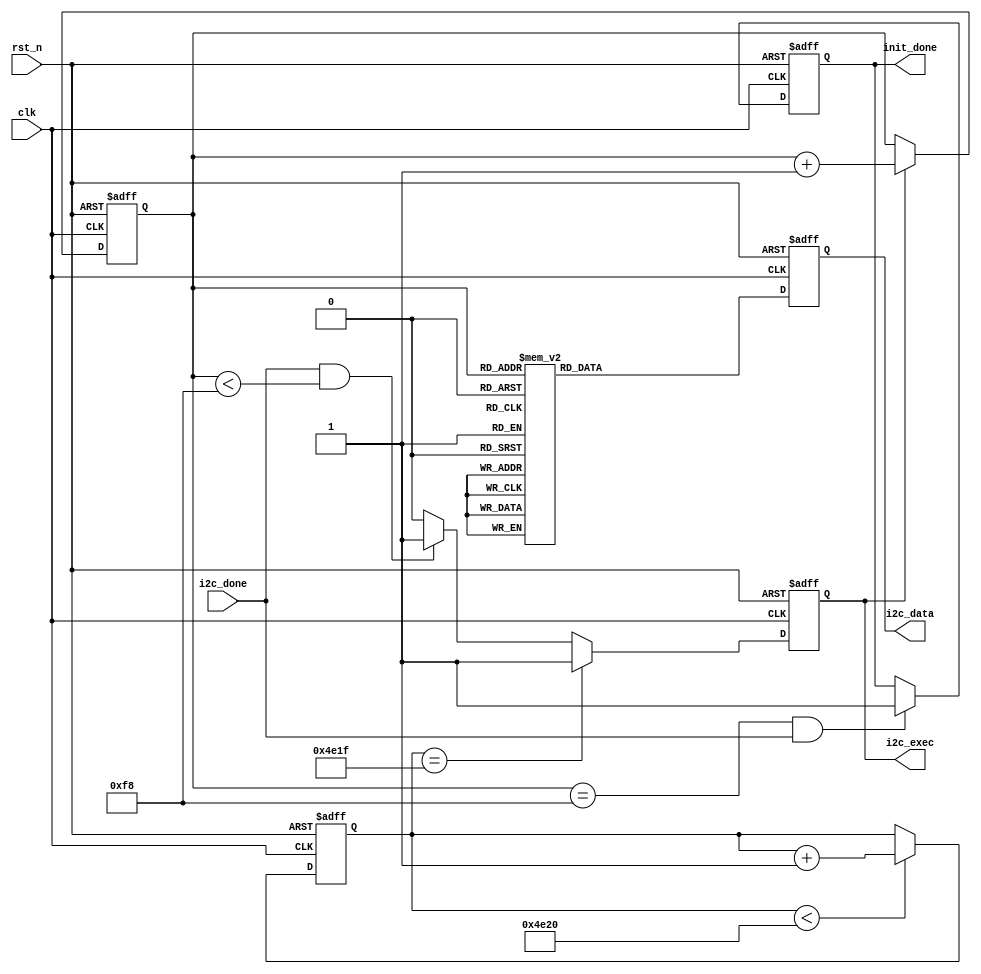
module IIC_OV5640_RGB565_Config
  #(
    parameter CMOS_H_PIXEL = 24'd1024,//CMOS
    parameter CMOS_V_PIXEL = 24'd768  //CMOS
    )
   (  
    input                clk      ,   //
    input                rst_n    ,   //
    
    input                i2c_done ,   //I2C
    output  reg          i2c_exec ,   //I2C   
    output  reg  [23:0]  i2c_data ,   //I2C(16,8)
    output  reg          init_done    //
    );

//parameter define
localparam  REG_NUM = 8'd248  ;       //
localparam  TOTAL_H_PIXEL = CMOS_H_PIXEL + 13'd1216;  //
localparam  TOTAL_V_PIXEL = CMOS_V_PIXEL + 13'd504;   //

//reg define
reg   [14:0]   start_init_cnt;        //
reg    [7:0]   init_reg_cnt  ;        //

//*****************************************************
//**                    main code
//*****************************************************

//cam_scl250khz,clk1Mhz,1us,20000*1us = 20ms
//OV5640IIC20ms
always @(posedge clk or negedge rst_n) begin
    if(!rst_n)
        start_init_cnt <= 15'd0;
    else if(start_init_cnt < 15'd20000)
        start_init_cnt <= start_init_cnt + 1'b1;                    
end

//    
always @(posedge clk or negedge rst_n) begin
    if(!rst_n)
        init_reg_cnt <= 8'd0;
    else if(i2c_exec)   
        init_reg_cnt <= init_reg_cnt + 8'b1;
end

//i2c   
always @(posedge clk or negedge rst_n) begin
    if(!rst_n)
        i2c_exec <= 1'b0;
    else if(start_init_cnt == 15'd19999)
        i2c_exec <= 1'b1;
    else if(i2c_done && (init_reg_cnt < REG_NUM))
        i2c_exec <= 1'b1;
    else
        i2c_exec <= 1'b0;
end 

//
always @(posedge clk or negedge rst_n) begin
    if(!rst_n)
        init_done <= 1'b0;
    else if((init_reg_cnt == REG_NUM) && i2c_done)  
        init_done <= 1'b1;  
end

//
always @(posedge clk or negedge rst_n) begin
    if(!rst_n)
        i2c_data <= 24'd0;
    else begin
        case(init_reg_cnt)
            //
            8'd0  : i2c_data <= {16'h3008,8'h82}; //Bit[7]: Bit[6]:
            8'd1  : i2c_data <= {16'h3008,8'h02}; //
            8'd2  : i2c_data <= {16'h3103,8'h02}; //Bit[1]:1 PLL Clock
            /// FREX/VSYNC/HREF/PCLK/D[9:6]
            8'd3  : i2c_data <= {8'h30,8'h17,8'hff};
            /// D[5:0]/GPIO1/GPIO0 
            8'd4  : i2c_data <= {16'h3018,8'hff};
            8'd5  : i2c_data <= {16'h3037,8'h13}; //PLL
            8'd6  : i2c_data <= {16'h3108,8'h01}; //
            8'd7  : i2c_data <= {16'h3630,8'h36};
            8'd8  : i2c_data <= {16'h3631,8'h0e};
            8'd9  : i2c_data <= {16'h3632,8'he2};
            8'd10 : i2c_data <= {16'h3633,8'h12};
            8'd11 : i2c_data <= {16'h3621,8'he0};
            8'd12 : i2c_data <= {16'h3704,8'ha0};
            8'd13 : i2c_data <= {16'h3703,8'h5a};
            8'd14 : i2c_data <= {16'h3715,8'h78};
            8'd15 : i2c_data <= {16'h3717,8'h01};
            8'd16 : i2c_data <= {16'h370b,8'h60};
            8'd17 : i2c_data <= {16'h3705,8'h1a};
            8'd18 : i2c_data <= {16'h3905,8'h02};
            8'd19 : i2c_data <= {16'h3906,8'h10};
            8'd20 : i2c_data <= {16'h3901,8'h0a};
            8'd21 : i2c_data <= {16'h3731,8'h12};
            8'd22 : i2c_data <= {16'h3600,8'h08}; //VCM,
            8'd23 : i2c_data <= {16'h3601,8'h33}; //VCM,
            8'd24 : i2c_data <= {16'h302d,8'h60}; //
            8'd25 : i2c_data <= {16'h3620,8'h52};
            8'd26 : i2c_data <= {16'h371b,8'h20};
            8'd27 : i2c_data <= {16'h471c,8'h50};
            8'd28 : i2c_data <= {16'h3a13,8'h43}; //AEC()
            8'd29 : i2c_data <= {16'h3a18,8'h00}; //AEC 
            8'd30 : i2c_data <= {16'h3a19,8'hf8}; //AEC 
            8'd31 : i2c_data <= {16'h3635,8'h13};
            8'd32 : i2c_data <= {16'h3636,8'h03};
            8'd33 : i2c_data <= {16'h3634,8'h40};
            8'd34 : i2c_data <= {16'h3622,8'h01};
            8'd35 : i2c_data <= {16'h3c01,8'h34};
            8'd36 : i2c_data <= {16'h3c04,8'h28};
            8'd37 : i2c_data <= {16'h3c05,8'h98};
            8'd38 : i2c_data <= {16'h3c06,8'h00}; //light meter 1 [15:8]
            8'd39 : i2c_data <= {16'h3c07,8'h08}; //light meter 1 [7:0]
            8'd40 : i2c_data <= {16'h3c08,8'h00}; //light meter 2 [15:8]
            8'd41 : i2c_data <= {16'h3c09,8'h1c}; //light meter 2 [7:0]
            8'd42 : i2c_data <= {16'h3c0a,8'h9c}; //sample number[15:8]
            8'd43 : i2c_data <= {16'h3c0b,8'h40}; //sample number[7:0]
            8'd44 : i2c_data <= {16'h3810,8'h00}; //Timing Hoffset[11:8]
            8'd45 : i2c_data <= {16'h3811,8'h10}; //Timing Hoffset[7:0]
            8'd46 : i2c_data <= {16'h3812,8'h00}; //Timing Voffset[10:8]
            8'd47 : i2c_data <= {16'h3708,8'h64};
            8'd48 : i2c_data <= {16'h4001,8'h02}; //BLC()
            8'd49 : i2c_data <= {16'h4005,8'h1a}; //BLC()
            8'd50 : i2c_data <= {16'h3000,8'h00}; //
            8'd51 : i2c_data <= {16'h3004,8'hff}; //
            8'd52 : i2c_data <= {16'h4300,8'h61}; // RGB565
            8'd53 : i2c_data <= {16'h501f,8'h01}; //ISP RGB
            8'd54 : i2c_data <= {16'h440e,8'h00};
            8'd55 : i2c_data <= {16'h5000,8'ha7}; //ISP
            8'd56 : i2c_data <= {16'h3a0f,8'h30}; //AEC;stable range in high
            8'd57 : i2c_data <= {16'h3a10,8'h28}; //AEC;stable range in low
            8'd58 : i2c_data <= {16'h3a1b,8'h30}; //AEC;stable range out high
            8'd59 : i2c_data <= {16'h3a1e,8'h26}; //AEC;stable range out low
            8'd60 : i2c_data <= {16'h3a11,8'h60}; //AEC; fast zone high
            8'd61 : i2c_data <= {16'h3a1f,8'h14}; //AEC; fast zone low
            //LENC() 16'h5800~16'h583d
            8'd62 : i2c_data <= {16'h5800,8'h23}; 
            8'd63 : i2c_data <= {16'h5801,8'h14};
            8'd64 : i2c_data <= {16'h5802,8'h0f};
            8'd65 : i2c_data <= {16'h5803,8'h0f};
            8'd66 : i2c_data <= {16'h5804,8'h12};
            8'd67 : i2c_data <= {16'h5805,8'h26};
            8'd68 : i2c_data <= {16'h5806,8'h0c};
            8'd69 : i2c_data <= {16'h5807,8'h08};
            8'd70 : i2c_data <= {16'h5808,8'h05};
            8'd71 : i2c_data <= {16'h5809,8'h05};
            8'd72 : i2c_data <= {16'h580a,8'h08};
            8'd73 : i2c_data <= {16'h580b,8'h0d};
            8'd74 : i2c_data <= {16'h580c,8'h08};
            8'd75 : i2c_data <= {16'h580d,8'h03};
            8'd76 : i2c_data <= {16'h580e,8'h00};
            8'd77 : i2c_data <= {16'h580f,8'h00};
            8'd78 : i2c_data <= {16'h5810,8'h03};
            8'd79 : i2c_data <= {16'h5811,8'h09};
            8'd80 : i2c_data <= {16'h5812,8'h07};
            8'd81 : i2c_data <= {16'h5813,8'h03};
            8'd82 : i2c_data <= {16'h5814,8'h00};
            8'd83 : i2c_data <= {16'h5815,8'h01};
            8'd84 : i2c_data <= {16'h5816,8'h03};
            8'd85 : i2c_data <= {16'h5817,8'h08};
            8'd86 : i2c_data <= {16'h5818,8'h0d};
            8'd87 : i2c_data <= {16'h5819,8'h08};
            8'd88 : i2c_data <= {16'h581a,8'h05};
            8'd89 : i2c_data <= {16'h581b,8'h06};
            8'd90 : i2c_data <= {16'h581c,8'h08};
            8'd91 : i2c_data <= {16'h581d,8'h0e};
            8'd92 : i2c_data <= {16'h581e,8'h29};
            8'd93 : i2c_data <= {16'h581f,8'h17};
            8'd94 : i2c_data <= {16'h5820,8'h11};
            8'd95 : i2c_data <= {16'h5821,8'h11};
            8'd96 : i2c_data <= {16'h5822,8'h15};
            8'd97 : i2c_data <= {16'h5823,8'h28};
            8'd98 : i2c_data <= {16'h5824,8'h46};
            8'd99 : i2c_data <= {16'h5825,8'h26};
            8'd100: i2c_data <= {16'h5826,8'h08};
            8'd101: i2c_data <= {16'h5827,8'h26};
            8'd102: i2c_data <= {16'h5828,8'h64};
            8'd103: i2c_data <= {16'h5829,8'h26};
            8'd104: i2c_data <= {16'h582a,8'h24};
            8'd105: i2c_data <= {16'h582b,8'h22};
            8'd106: i2c_data <= {16'h582c,8'h24};
            8'd107: i2c_data <= {16'h582d,8'h24};
            8'd108: i2c_data <= {16'h582e,8'h06};
            8'd109: i2c_data <= {16'h582f,8'h22};
            8'd110: i2c_data <= {16'h5830,8'h40};
            8'd111: i2c_data <= {16'h5831,8'h42};
            8'd112: i2c_data <= {16'h5832,8'h24};
            8'd113: i2c_data <= {16'h5833,8'h26};
            8'd114: i2c_data <= {16'h5834,8'h24};
            8'd115: i2c_data <= {16'h5835,8'h22};
            8'd116: i2c_data <= {16'h5836,8'h22};
            8'd117: i2c_data <= {16'h5837,8'h26};
            8'd118: i2c_data <= {16'h5838,8'h44};
            8'd119: i2c_data <= {16'h5839,8'h24};
            8'd120: i2c_data <= {16'h583a,8'h26};
            8'd121: i2c_data <= {16'h583b,8'h28};
            8'd122: i2c_data <= {16'h583c,8'h42};
            8'd123: i2c_data <= {16'h583d,8'hce};
            //AWB() 16'h5180~16'h519e
            8'd124: i2c_data <= {16'h5180,8'hff};
            8'd125: i2c_data <= {16'h5181,8'hf2};
            8'd126: i2c_data <= {16'h5182,8'h00};
            8'd127: i2c_data <= {16'h5183,8'h14};
            8'd128: i2c_data <= {16'h5184,8'h25};
            8'd129: i2c_data <= {16'h5185,8'h24};
            8'd130: i2c_data <= {16'h5186,8'h09};
            8'd131: i2c_data <= {16'h5187,8'h09};
            8'd132: i2c_data <= {16'h5188,8'h09};
            8'd133: i2c_data <= {16'h5189,8'h75};
            8'd134: i2c_data <= {16'h518a,8'h54};
            8'd135: i2c_data <= {16'h518b,8'he0};
            8'd136: i2c_data <= {16'h518c,8'hb2};
            8'd137: i2c_data <= {16'h518d,8'h42};
            8'd138: i2c_data <= {16'h518e,8'h3d};
            8'd139: i2c_data <= {16'h518f,8'h56};
            8'd140: i2c_data <= {16'h5190,8'h46};
            8'd141: i2c_data <= {16'h5191,8'hf8};
            8'd142: i2c_data <= {16'h5192,8'h04};
            8'd143: i2c_data <= {16'h5193,8'h70};
            8'd144: i2c_data <= {16'h5194,8'hf0};
            8'd145: i2c_data <= {16'h5195,8'hf0};
            8'd146: i2c_data <= {16'h5196,8'h03};
            8'd147: i2c_data <= {16'h5197,8'h01};
            8'd148: i2c_data <= {16'h5198,8'h04};
            8'd149: i2c_data <= {16'h5199,8'h12};
            8'd150: i2c_data <= {16'h519a,8'h04};
            8'd151: i2c_data <= {16'h519b,8'h00};
            8'd152: i2c_data <= {16'h519c,8'h06};
            8'd153: i2c_data <= {16'h519d,8'h82};
            8'd154: i2c_data <= {16'h519e,8'h38};
            //Gamma() 16'h5480~16'h5490
            8'd155: i2c_data <= {16'h5480,8'h01}; 
            8'd156: i2c_data <= {16'h5481,8'h08};
            8'd157: i2c_data <= {16'h5482,8'h14};
            8'd158: i2c_data <= {16'h5483,8'h28};
            8'd159: i2c_data <= {16'h5484,8'h51};
            8'd160: i2c_data <= {16'h5485,8'h65};
            8'd161: i2c_data <= {16'h5486,8'h71};
            8'd162: i2c_data <= {16'h5487,8'h7d};
            8'd163: i2c_data <= {16'h5488,8'h87};
            8'd164: i2c_data <= {16'h5489,8'h91};
            8'd165: i2c_data <= {16'h548a,8'h9a};
            8'd166: i2c_data <= {16'h548b,8'haa};
            8'd167: i2c_data <= {16'h548c,8'hb8};
            8'd168: i2c_data <= {16'h548d,8'hcd};
            8'd169: i2c_data <= {16'h548e,8'hdd};
            8'd170: i2c_data <= {16'h548f,8'hea};
            8'd171: i2c_data <= {16'h5490,8'h1d};
            //CMX() 16'h5381~16'h538b
            8'd172: i2c_data <= {16'h5381,8'h1e};
            8'd173: i2c_data <= {16'h5382,8'h5b};
            8'd174: i2c_data <= {16'h5383,8'h08};
            8'd175: i2c_data <= {16'h5384,8'h0a};
            8'd176: i2c_data <= {16'h5385,8'h7e};
            8'd177: i2c_data <= {16'h5386,8'h88};
            8'd178: i2c_data <= {16'h5387,8'h7c};
            8'd179: i2c_data <= {16'h5388,8'h6c};
            8'd180: i2c_data <= {16'h5389,8'h10};
            8'd181: i2c_data <= {16'h538a,8'h01};
            8'd182: i2c_data <= {16'h538b,8'h98};
            //SDE() 16'h5580~16'h558b
            8'd183: i2c_data <= {16'h5580,8'h06};
            8'd184: i2c_data <= {16'h5583,8'h40};
            8'd185: i2c_data <= {16'h5584,8'h10};
            8'd186: i2c_data <= {16'h5589,8'h10};
            8'd187: i2c_data <= {16'h558a,8'h00};
            8'd188: i2c_data <= {16'h558b,8'hf8};
            8'd189: i2c_data <= {16'h501d,8'h40}; //ISP MISC
            //CIP() (16'h5300~16'h530c)
            8'd190: i2c_data <= {16'h5300,8'h08};
            8'd191: i2c_data <= {16'h5301,8'h30};
            8'd192: i2c_data <= {16'h5302,8'h10};
            8'd193: i2c_data <= {16'h5303,8'h00};
            8'd194: i2c_data <= {16'h5304,8'h08};
            8'd195: i2c_data <= {16'h5305,8'h30};
            8'd196: i2c_data <= {16'h5306,8'h08};
            8'd197: i2c_data <= {16'h5307,8'h16};
            8'd198: i2c_data <= {16'h5309,8'h08};
            8'd199: i2c_data <= {16'h530a,8'h30};
            8'd200: i2c_data <= {16'h530b,8'h04};
            8'd201: i2c_data <= {16'h530c,8'h06};
            8'd202: i2c_data <= {16'h5025,8'h00};
            // Bit[7:4]: input clock =24Mhz, PCLK = 48Mhz
            8'd203: i2c_data <= {16'h3035,8'h11}; 
            8'd204: i2c_data <= {16'h3036,8'h3c}; //PLL
            8'd205: i2c_data <= {16'h3c07,8'h08};
            // 16'h3800~16'h3821
            8'd206: i2c_data <= {16'h3820,8'h46};
            8'd207: i2c_data <= {16'h3821,8'h01};
            8'd208: i2c_data <= {16'h3814,8'h31};
            8'd209: i2c_data <= {16'h3815,8'h31};
            8'd210: i2c_data <= {16'h3800,8'h00};
            8'd211: i2c_data <= {16'h3801,8'h00};
            8'd212: i2c_data <= {16'h3802,8'h00};
            8'd213: i2c_data <= {16'h3803,8'h04};
            8'd214: i2c_data <= {16'h3804,8'h0a};
            8'd215: i2c_data <= {16'h3805,8'h3f};
            8'd216: i2c_data <= {16'h3806,8'h07};
            8'd217: i2c_data <= {16'h3807,8'h9b};

            //
            //DVP 4
            8'd218: i2c_data <= {16'h3808,{4'd0,CMOS_H_PIXEL[11:8]}};
            //DVP 8
            8'd219: i2c_data <= {16'h3809,CMOS_H_PIXEL[7:0]};
            //DVP 3
            8'd220: i2c_data <= {16'h380a,{5'd0,CMOS_V_PIXEL[10:8]}};
            //DVP 8
            8'd221: i2c_data <= {16'h380b,CMOS_V_PIXEL[7:0]};
            //5
            8'd222: i2c_data <= {16'h380c,{3'd0,TOTAL_H_PIXEL[12:8]}};
            //8 
            8'd223: i2c_data <= {16'h380d,TOTAL_H_PIXEL[7:0]};
            //5 
            8'd224: i2c_data <= {16'h380e,{3'd0,TOTAL_V_PIXEL[12:8]}};
            //8     
            8'd225: i2c_data <= {16'h380f,TOTAL_V_PIXEL[7:0]};

            8'd226: i2c_data <= {16'h3813,8'h06};
            8'd227: i2c_data <= {16'h3618,8'h00};
            8'd228: i2c_data <= {16'h3612,8'h29};
            8'd229: i2c_data <= {16'h3709,8'h52};
            8'd230: i2c_data <= {16'h370c,8'h03};
            8'd231: i2c_data <= {16'h3a02,8'h17}; //60Hz max exposure
            8'd232: i2c_data <= {16'h3a03,8'h10}; //60Hz max exposure
            8'd233: i2c_data <= {16'h3a14,8'h17}; //50Hz max exposure
            8'd234: i2c_data <= {16'h3a15,8'h10}; //50Hz max exposure
            8'd235: i2c_data <= {16'h4004,8'h02}; //BLC() 2 lines
            8'd236: i2c_data <= {16'h4713,8'h03}; //JPEG mode 3
            8'd237: i2c_data <= {16'h4407,8'h04}; //
            8'd238: i2c_data <= {16'h460c,8'h22};     
            8'd239: i2c_data <= {16'h4837,8'h22}; //DVP CLK divider
            8'd240: i2c_data <= {16'h3824,8'h02}; //DVP CLK divider
            8'd241: i2c_data <= {16'h5001,8'ha3}; //ISP 
            8'd242: i2c_data <= {16'h3b07,8'h0a}; //  
            // 
            8'd243: i2c_data <= {16'h503d,8'h00}; //8'h00: 8'h80:
            //
            8'd244: i2c_data <= {16'h3016,8'h02};
            8'd245: i2c_data <= {16'h301c,8'h02};
            8'd246: i2c_data <= {16'h3019,8'h02}; //
            8'd247: i2c_data <= {16'h3019,8'h00}; //
            //,case
            default : i2c_data <= {16'h300a,8'h00}; //ID8
        endcase
    end
end

endmodule